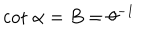
\mathrm { c o t } ~ \alpha = B = \theta ^ { - 1 }